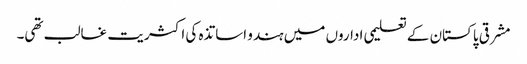
مشرقی پاکستان کے تعلیمی اداروں میں ہندو اساتذہ کی اکثریت غالب تھی۔